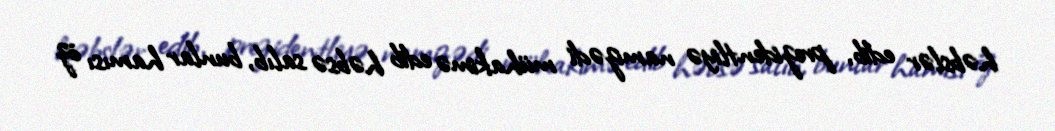
həbslər edib, prezidentliyə namizədi mühakimə edib həbsə salıb, bunlar hamısı öz